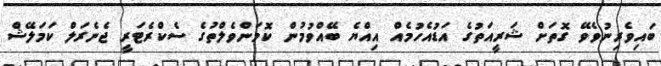
ބައިވެރިނުވެވޭ ގޮތަށް ޝަރީއަތުގެ އަޑުއެހުމެއް އިއްޔެ ބޭއްވުމުން ކޮމަންވެލްތުގެ ސެކްރެޓަރީ ޖެނެރަލް ކަމަލޭޝް